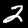
Digit: 2